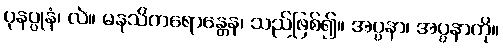
ပုနပ္ပုနံ၊ လဲ။ မနသိကရောန္တေန၊ သည်ဖြစ်၍။ အပ္ပနာ၊ အပ္ပနာကို။